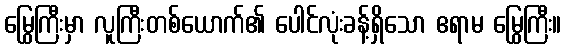
မြွေကြီးမှာ လူကြီးတစ်ယောက်၏ ပေါင်လုံးခန့်ရှိသော ဧရာမ မြွေကြီး။